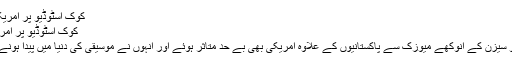
کوک اسٹوڈیو پر امریکی بھی جھوم اٹھے -
کوک اسٹوڈیو پر امریکی بھی جھوم اٹھے
کراچی: کوک اسٹوڈیو سیزن کے انوکھے میوزک سے پاکستانیوں کے علاوہ امریکی بھی بے حد متاثر ہوئے اور انہوں نے موسیقی کی دنیا میں پیدا ہونے والی جدت کو سراہا۔